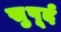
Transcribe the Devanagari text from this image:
सुुपूर्द